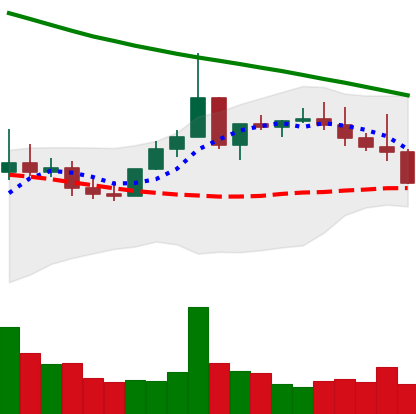
Ticker: XLM-USD
Chart end date: 2022-08-18
Forward return: -4.462%
Label: down_3_5